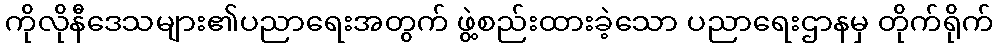
ကိုလိုနီဒေသများ၏ပညာရေးအတွက် ဖွဲ့စည်းထားခဲ့သော ပညာရေးဌာနမှ တိုက်ရိုက်